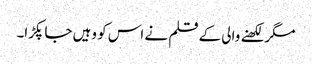
مگر لکھنے والی کے قلم نے اس کو وہیں جا پکڑا۔